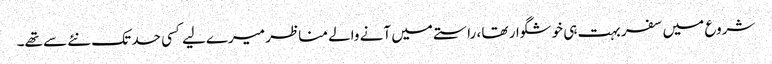
شروع میں سفر بہت ہی خوشگوار تھا ، راستے میں آنے والے مناظر میرےلیے کسی حد تک نئے سے تھے۔